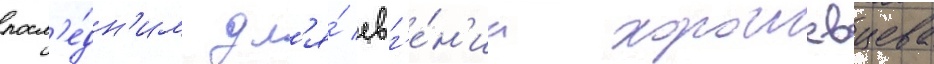
посл'е́дн'им дл'я́ евг'е́н'иа хорошевцева